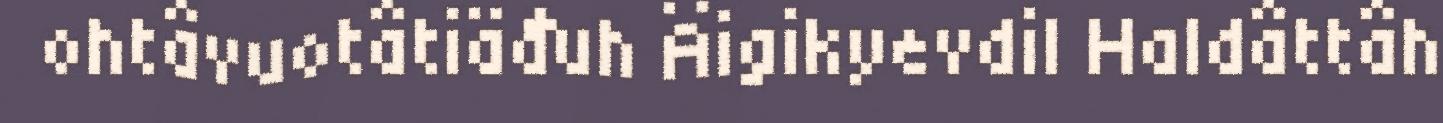
ohtâvuotâtiäđuh Äigikyevdil Haldâttâh